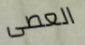
العصى